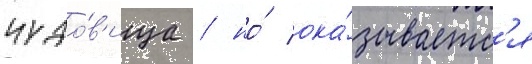
чудо́в'ища / но́ ока́зываетс'я